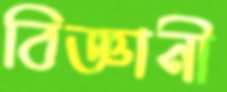
বিজ্ঞানী